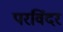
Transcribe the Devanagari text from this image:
परविंदर